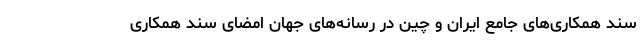
سند همکاری‌های جامع ایران و چین در رسانه‌های جهان امضای سند همکاری